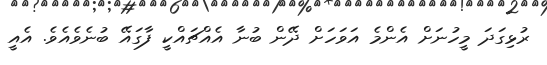
ރުޅިގަދަ މީހުނަށް އެންމެ އަވަހަށް ދޭން ބުނާ އެއްޗައްކީ ފާގައޭ ބުނެވެއެވެ. އެއީ